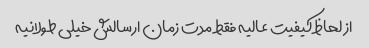
از لحاظ کیفیت عالیه فقط مدت زمان ارسالش خیلی طولانیه